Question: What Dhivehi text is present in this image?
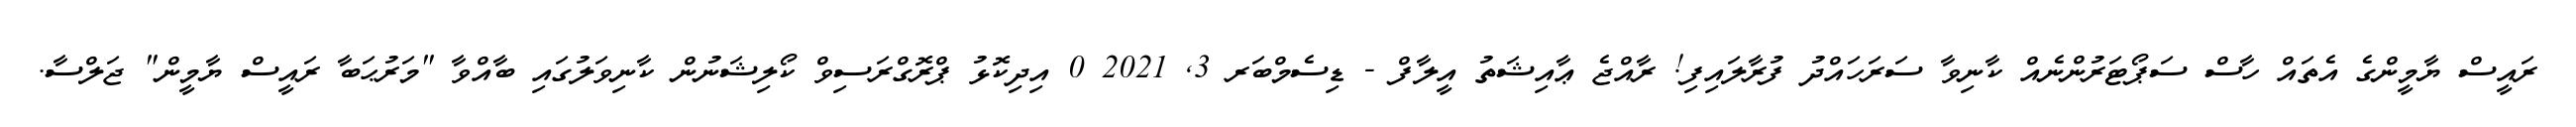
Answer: ރައީސް ޔާމީންގެ އެތައް ހާސް ސަޕޯޓަރުންނެއް ކާނިވާ ސަރަހައްދު ފުރާލައިފި! ރާއްޖެ ޢާއިޝަތު އީލާފް - ޑިސެމްބަރ 3, 2021 0 އިދިކޮޅު ޕްރޮގްރަސިވް ކޯލިޝަނުން ކާނިވަލުގައި ބާއްވާ "މަރުޙަބާ ރައީސް ޔާމީން" ޖަލްސާ.